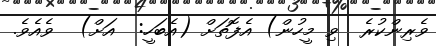
ވެރިންކުރެ  ވި މީހުން) އެފޮތަށް (އެބަހީ:  އަށް)  ވެއެވެ.